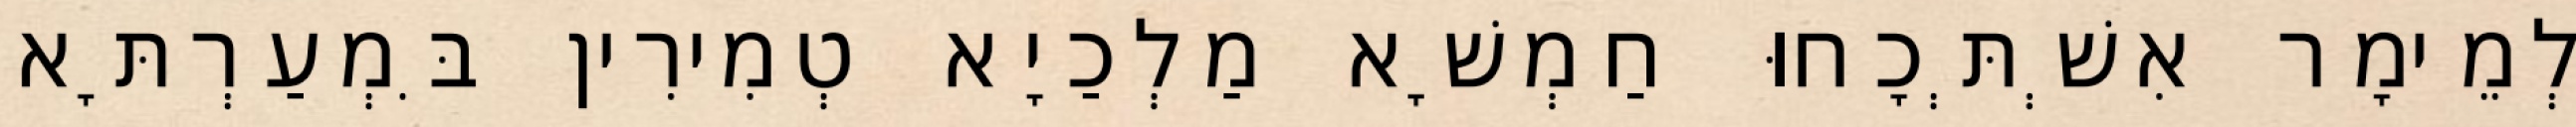
לְמֵימָר אִשְׁתְּכָחוּ חַמְשָׁא מַלְכַיָא טְמִירִין בִּמְעַרְתָּא